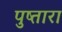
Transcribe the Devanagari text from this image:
पुष्तारा